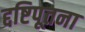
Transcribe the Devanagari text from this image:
द्दष्टिपूतना